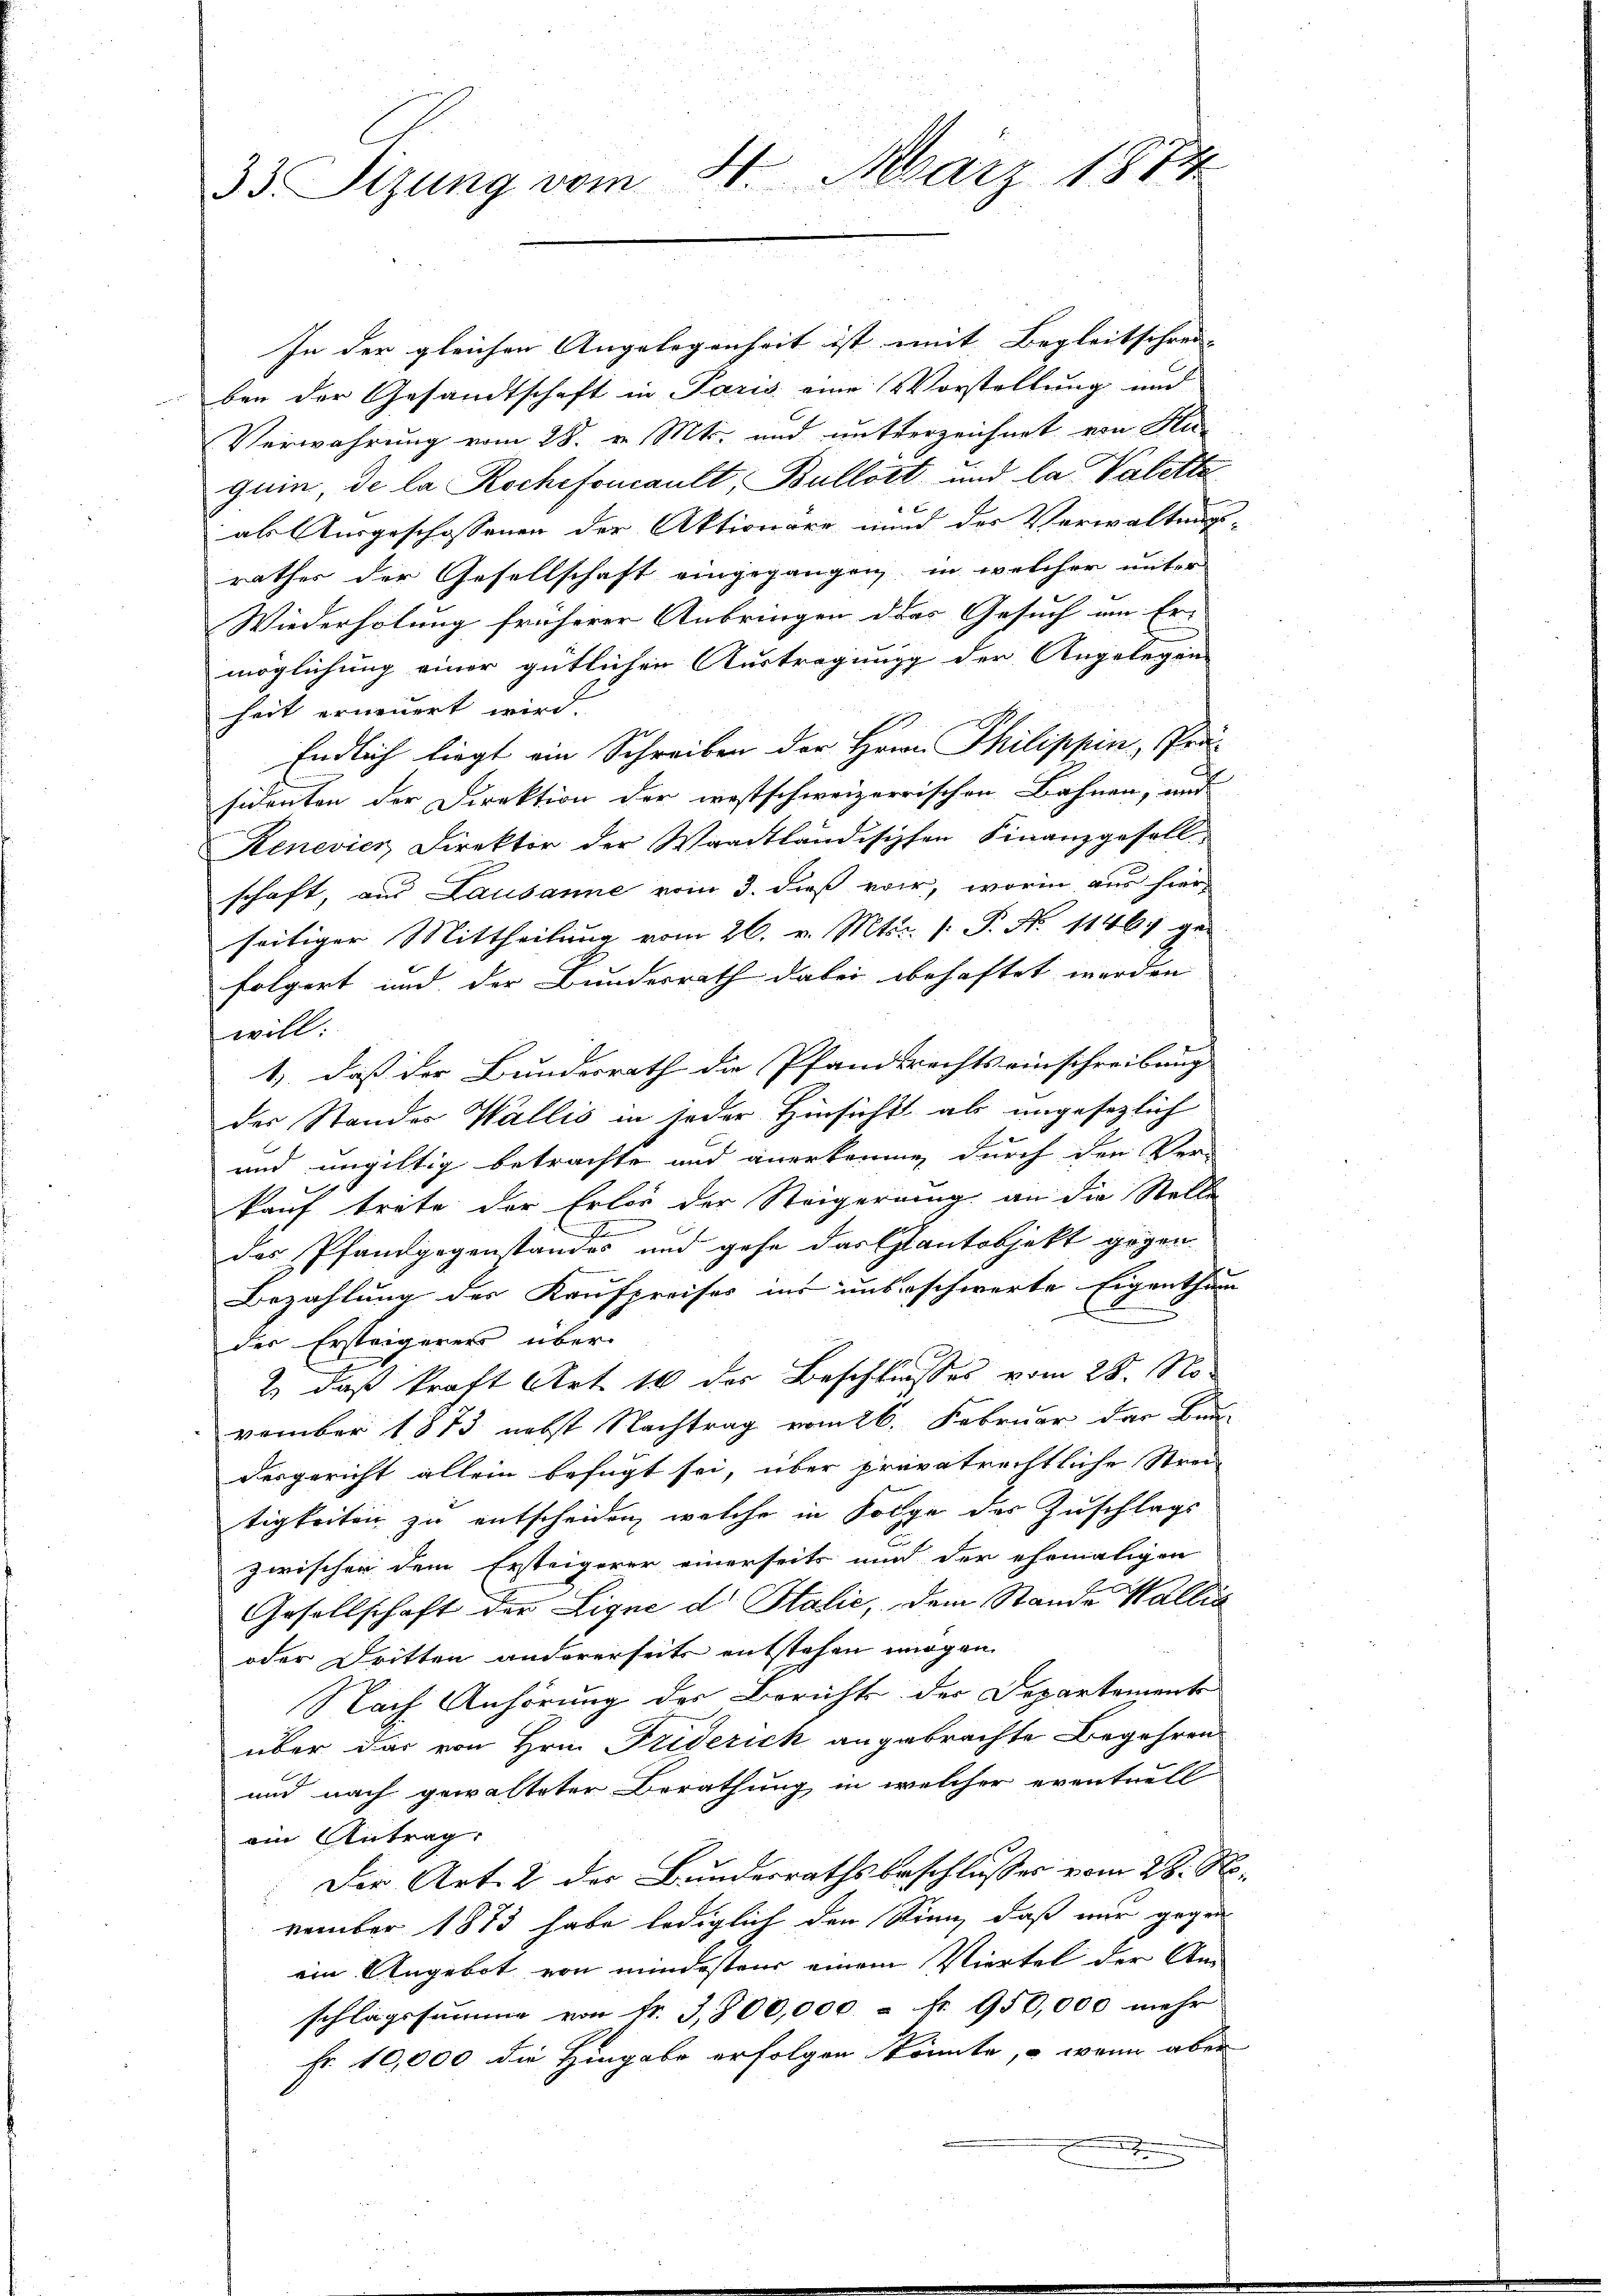
In der gleichen Angelegenheit ist mit Begleitschrei- |
ben der Gesandtschaft in Paris eine Vorstellung und
Verwahrung vom 28. v. Mts. und mutterzeichnet von Ka-
quin, de la Rochefoncault, Bullort und la Valette
als Ausgeschossenen der Aktionare und der Verwaltungs-
rathes der Gesellschaft eingegangen, in welcher unter
Wiederholung früherer Anbringen des Gesuch um Er-
möglichung einer gütlichen Austragung der Angelegen-
heit erneuert wird.
Endlich liegt ein Schreiben der Hrrn. Philippin, Prä-
sidenten der Direktion der westschweizerrischen Bahnen, und
Renevier Direktor der Waadtländischen Finanzgesell
schaft, aus Lausanne vom 3. dieß vor, worin aus hier
seitiger Mittheilŭng vom 26. v. Mts. 1. P. N. 11467 ge-
folgert und der Bundesrath dabei behaftet werden
will:
1) daß der Bundesrath die Pfandsrechtseinschreibung
der Standes Wallis in jeder Hinsicht als ungesezlich
und ungültig betrachte und anerkennen, durch den Ver-
kauf trete der Erlös der Steigerung an die Stelle
II
das Pfandgegenstandes und gehe das Cantobjekt gegen
Bezahlung der Kaufpreises ins unbeschwerte Eigenthum
der Erstagerers über
2) daß kraft Art. 16 des Beschliesses vom 25. November 1873 nebst Nachtrag vom 26. Februar der Bun-
desgericht allein befugt sei, über privatrechtliche Streitigkeiten zu entscheiden, welche in Folge der Zuschlags
zwischer dem Ersteigerer einerseits und der ehemaligen
Gesellschaft der Ligne d. Stalić, dem Stande Wallis
oder Dritten andererseits entstehen mögen.
Nach Anhörung des Berichts der Departemente
über das von Hrn. Friderich angebrachte Begehren
und nach gewalteter Berathung in welcher eventuell
am Antrag.
Der Art. 2 der Bundesrathsbeschlusses vom 28. November 1873 habe lediglich den Sinn, daß mir gegen
ein Angebot von mindestens einem Viertel der Anschlagssumme von Fr. 3,800,000 – fr. 950,000 mehr
Fr. 10,000 die Hingabe erfolgen könnte, – wenn aber

33. Sizung vom 4. März 1874

d